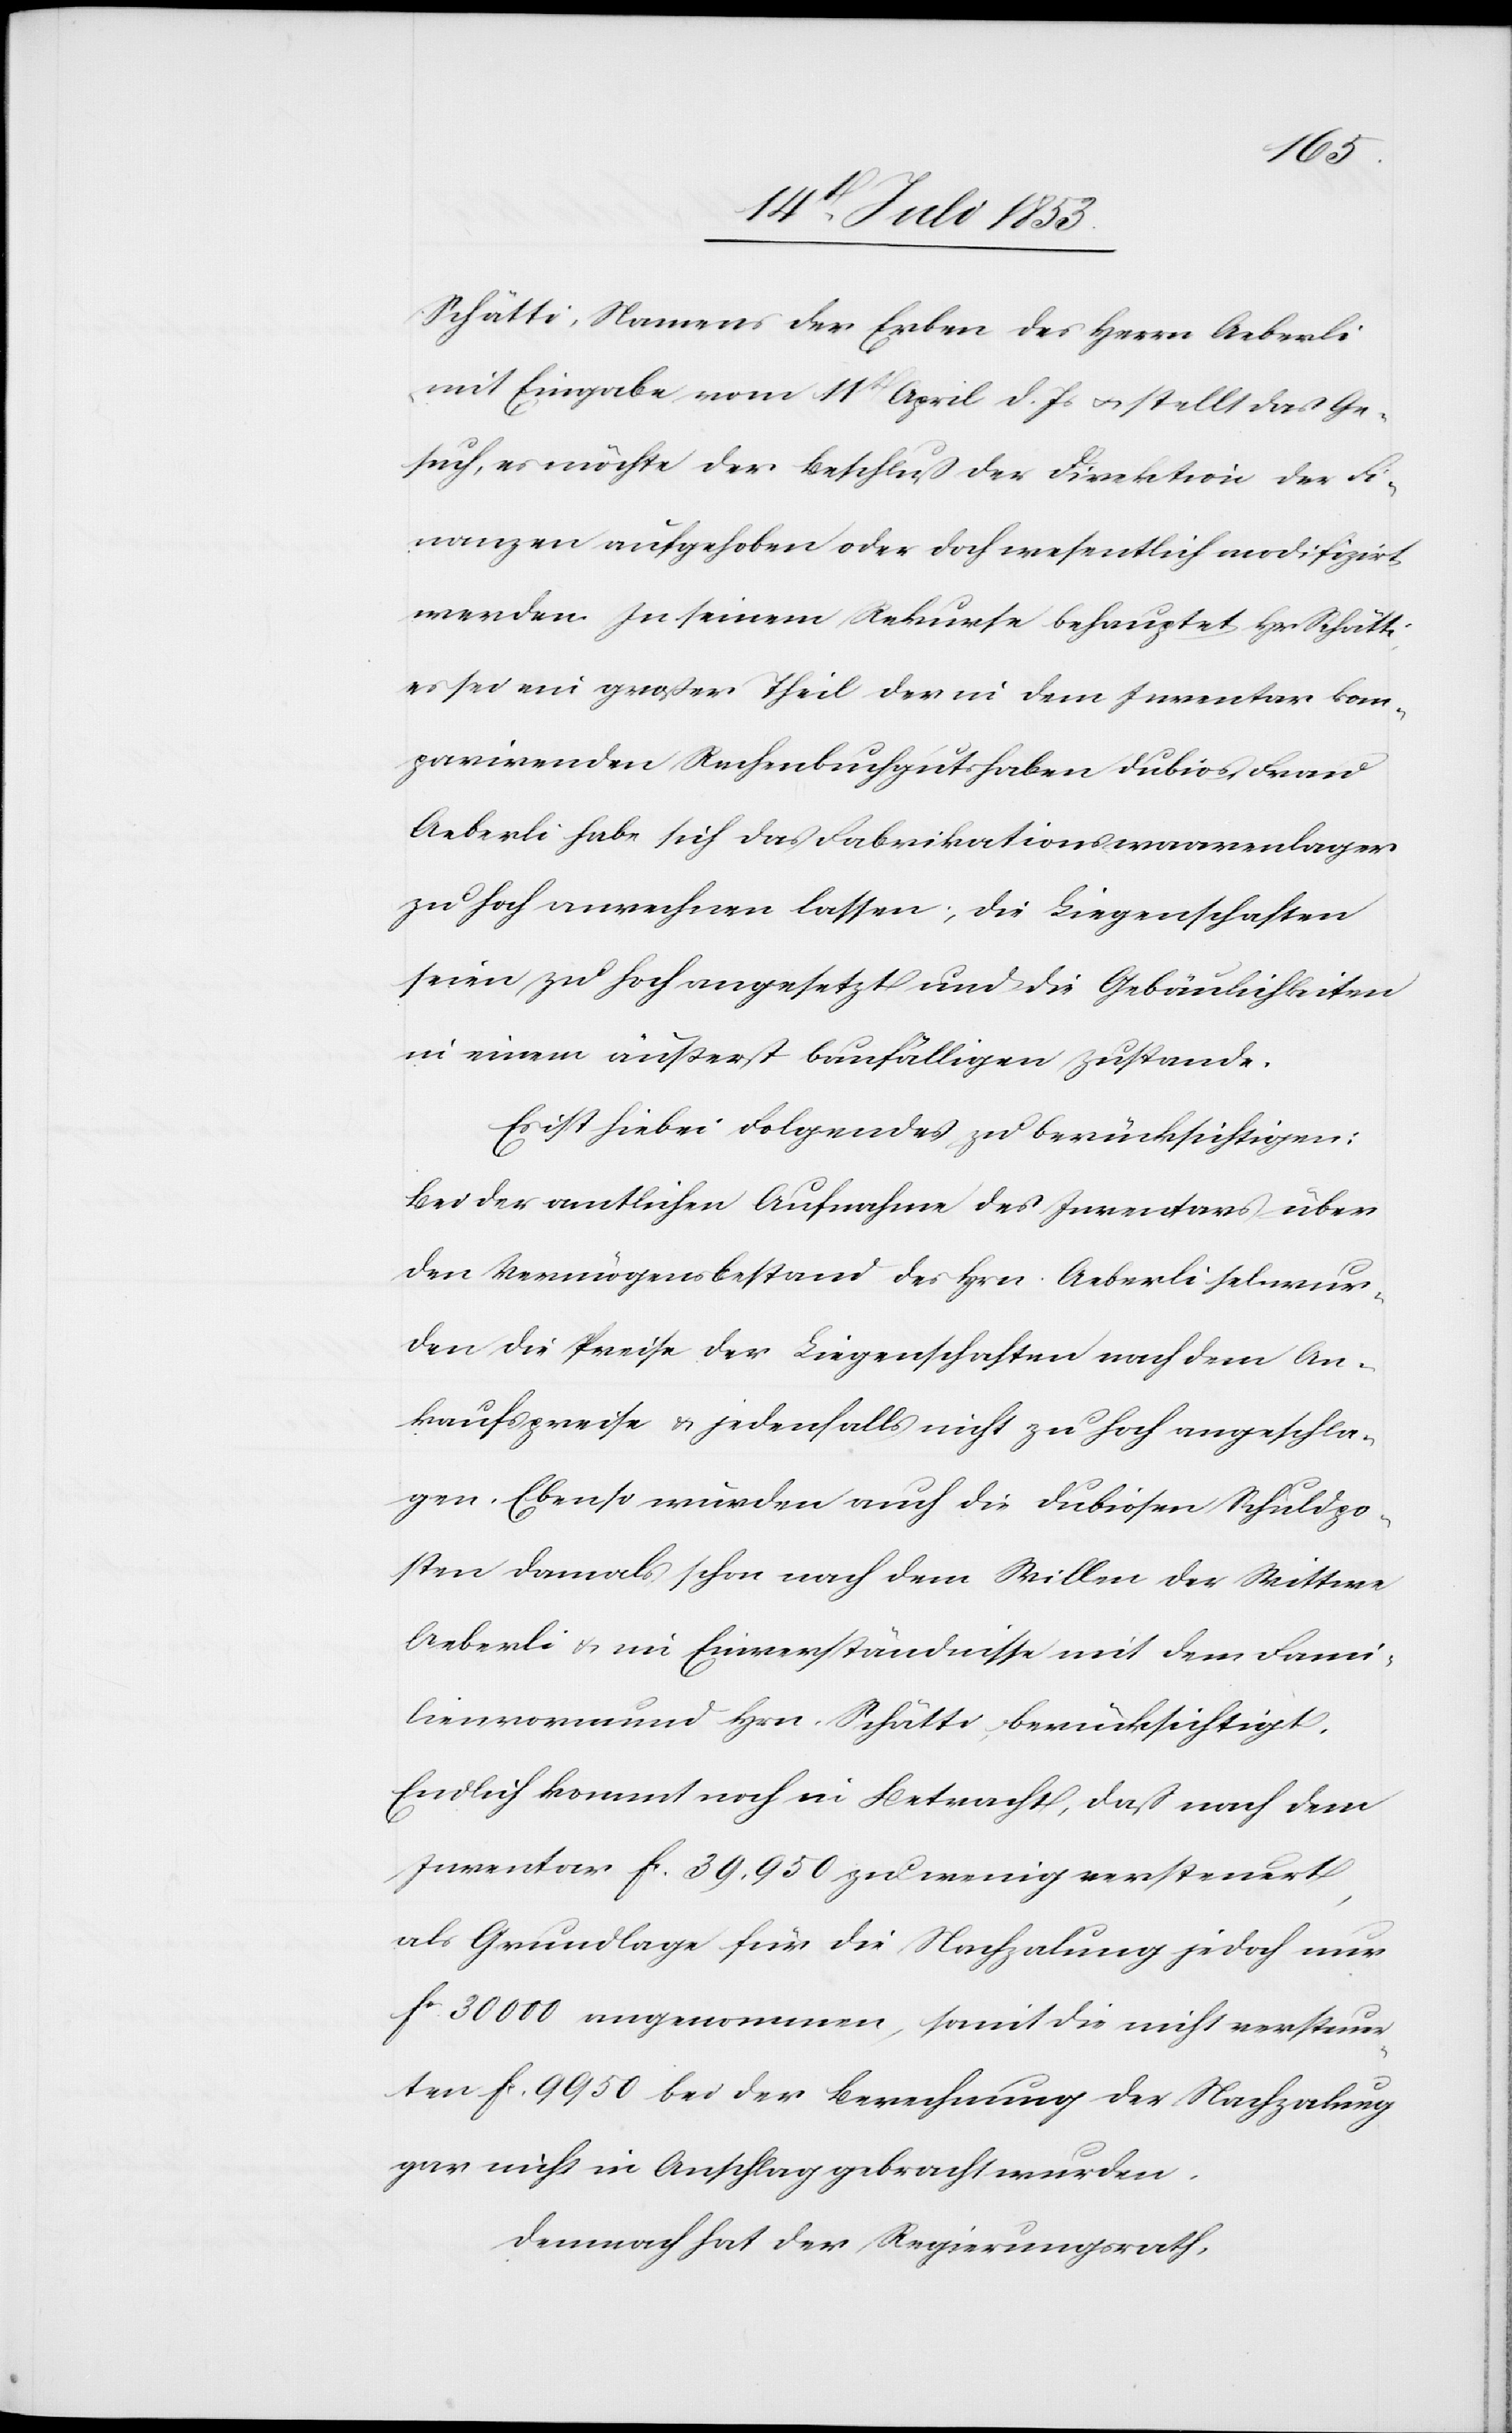
Schätti, Namens der Erben des Herrn Aeberli
mit Eingabe vom 11t April d. Js. u. stellt das Ge¬
such, es möchte der Beschluß der Direktion der Fi¬
nanzen aufgehoben oder doch wesentlich modifizirt
werden. In seinem Rekurse behauptet Hr. Schätti
es sei ein großer Theil der in dem Inventar kom¬
parirenden Rechenbuchguthaben dubios. Frau
Aeberli habe sich das Fabrikationswaarenlager
zu hoch anrechnen lassen; die Liegenschaften
seien zu hoch angesetzt und die Gebäulichkeiten
in einem äußerst baufälligen Zustande.
Es ist hiebei Folgendes zu berücksichtigen:
Bei der amtlichen Aufnahme des Inventars über
den Vermögensbestand des Hrn. Aeberli sel. wur¬
den die Preise der Liegenschaften nach dem An¬
kaufspreise u. jedenfalls nicht zu hoch angeschla¬
gen. Ebenso wurden auch die dubiosen Schuldpo¬
sten damals schon nach dem Willen der Wittwe
Aeberli u. im Einverständnisse mit dem Fami¬
lienvormund Hrn. Schätti berücksichtigt.
Endlich kommt noch in Betracht, daß nach dem
Inventar fr. 39 950 zu wenig versteuert,
als Grundlage für die Nachzalung jedoch nur
fc 30 000 angenommen, somit die nicht versteuer¬
ten fc 9950 bei der Berechnung der Nachzalung
gar nicht in Anschlag gebracht wurden.
Demnach hat der Regierungsrath,